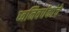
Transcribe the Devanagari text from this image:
ध्वनिवर्धकांचे